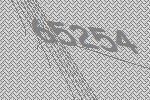
65254